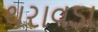
થરાવડા